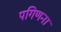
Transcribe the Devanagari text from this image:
पगिणना